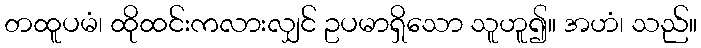
တထူပမံ၊ ထိုထင်းကလားလျှင် ဥပမာရှိသော သူဟူ၍။ အဟံ၊ သည်။